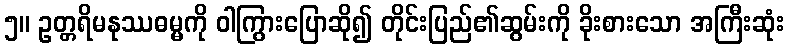
၅။ ဥတ္တရိမနုဿဓမ္မကို ဝါကြွားပြောဆို၍ တိုင်းပြည်၏ဆွမ်းကို ခိုးစားသော အကြီးဆုံး